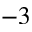
^ { - 3 }